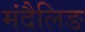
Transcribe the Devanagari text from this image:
मंदैलिङ